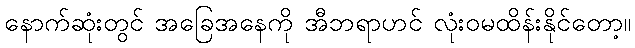
နောက်ဆုံးတွင် အခြေအနေကို အီဘရာဟင် လုံးဝမထိန်းနိုင်တော့။